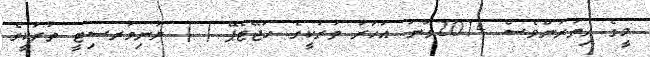
މީގެ އިތުރުންވެސް 2014ވަނަ އަހަރު ތުރުކީގެ ހަޖޭޓެޕޭ ( ) ޔުނިވަރސިޓީ ތުރުކީގެ